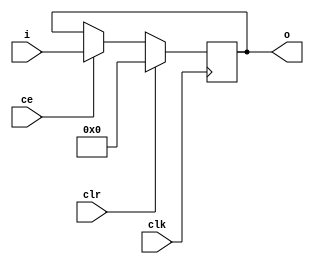
module synth_reg_reg (i, ce, clr, clk, o);
   parameter width  = 8;
   parameter latency  = 1;
   input[width - 1:0] i;
   input ce, clr, clk;
   output[width - 1:0] o;
   wire[width - 1:0] o;
   genvar idx;
   reg[width - 1:0] reg_bank [latency:0];
   integer j;
   initial
     begin
	for (j=0; j < latency+1; j=j+1)
	  begin
	     reg_bank[j] = {width{1'b0}};
	  end
     end
   generate
     if (latency == 0)
        begin:has_0_latency
         assign o = i;
       end
   endgenerate
   always @(i)
	begin
	     reg_bank[0] = i;
	 end
   generate
     if (latency > 0)
        begin:more_than_1
	    assign o = reg_bank[latency];
         for (idx=0; idx < latency; idx=idx+1) begin:sync_loop
            always @(posedge clk)
                begin
                 if(clr)
                    begin
                          reg_bank[idx+1] = {width{1'b0}};
                    end
                 else if (ce)
                    begin
                        reg_bank[idx+1] <= reg_bank[idx] ;
                    end
               end
        end
      end
   endgenerate
endmodule